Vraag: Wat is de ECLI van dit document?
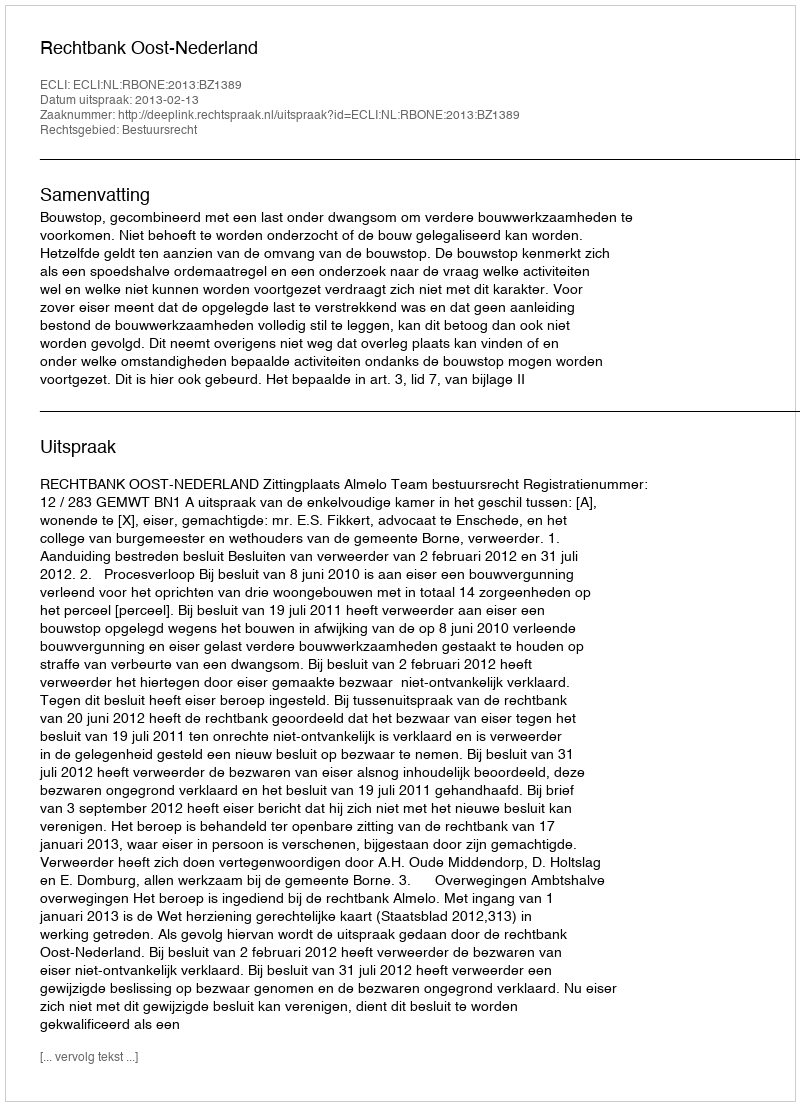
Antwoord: ECLI:NL:RBONE:2013:BZ1389